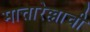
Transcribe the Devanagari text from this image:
मात्तारेल्लाची